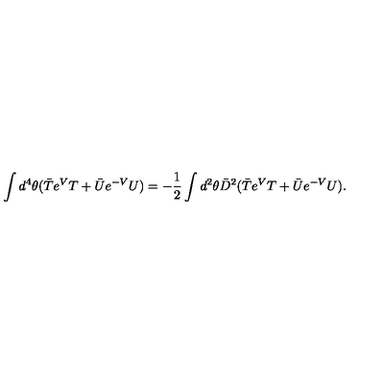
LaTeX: \int d ^ { 4 } \theta ( \bar { T } e ^ { V } T + \bar { U } e ^ { - V } U ) = - \frac { 1 } { 2 } \int d ^ { 2 } \theta \bar { D } ^ { 2 } ( \bar { T } e ^ { V } T + \bar { U } e ^ { - V } U ) .